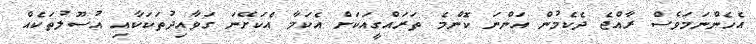
އެހެންނަމަވެސް ރާއްޖެ ދެކެމުން އަންނަ ކޮންމެ ތަރައްގީއަކަށް އެކަމާ އެކަށޭނަ ގަވާއިދުތަކަކާއި އުސޫލުތަކެއް